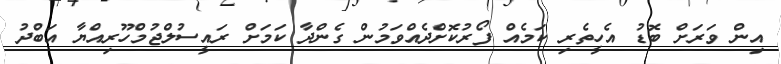
އިން ވަރަށް ބޮޑު އެހީތެރި ކަމެއް ފޯރުކޮށްދެއްވަމުން ގެންދާ ކަމަށް ރައީސުލްޖުމްހޫރިއްޔާ އަބްދު